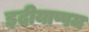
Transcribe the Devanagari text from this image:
इदीयाप्पम